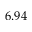
6 . 9 4